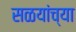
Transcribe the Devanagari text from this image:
सळयांच्या